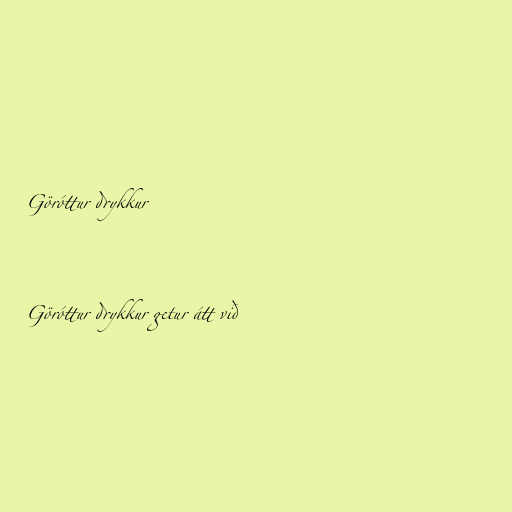
Göróttur drykkur

Göróttur drykkur getur átt við